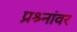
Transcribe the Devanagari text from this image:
प्रश्र्नांवर